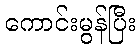
ကောင်းမွန်ပြီး